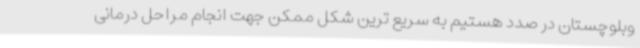
وبلوچستان در صدد هستیم به سریع ترین شکل ممکن جهت انجام مراحل درمانی